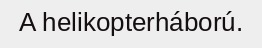
A helikopterháború.